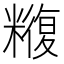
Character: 𮇼